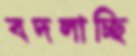
বদলাচ্ছি